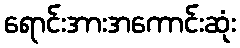
ရောင်းအားအကောင်းဆုံး